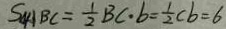
S _ { \Delta A B C } = \frac { 1 } { 2 } B C \cdot b = \frac { 1 } { 2 } C b = 6